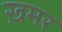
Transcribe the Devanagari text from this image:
ख़मर